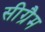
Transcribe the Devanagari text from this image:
सीग्रैम